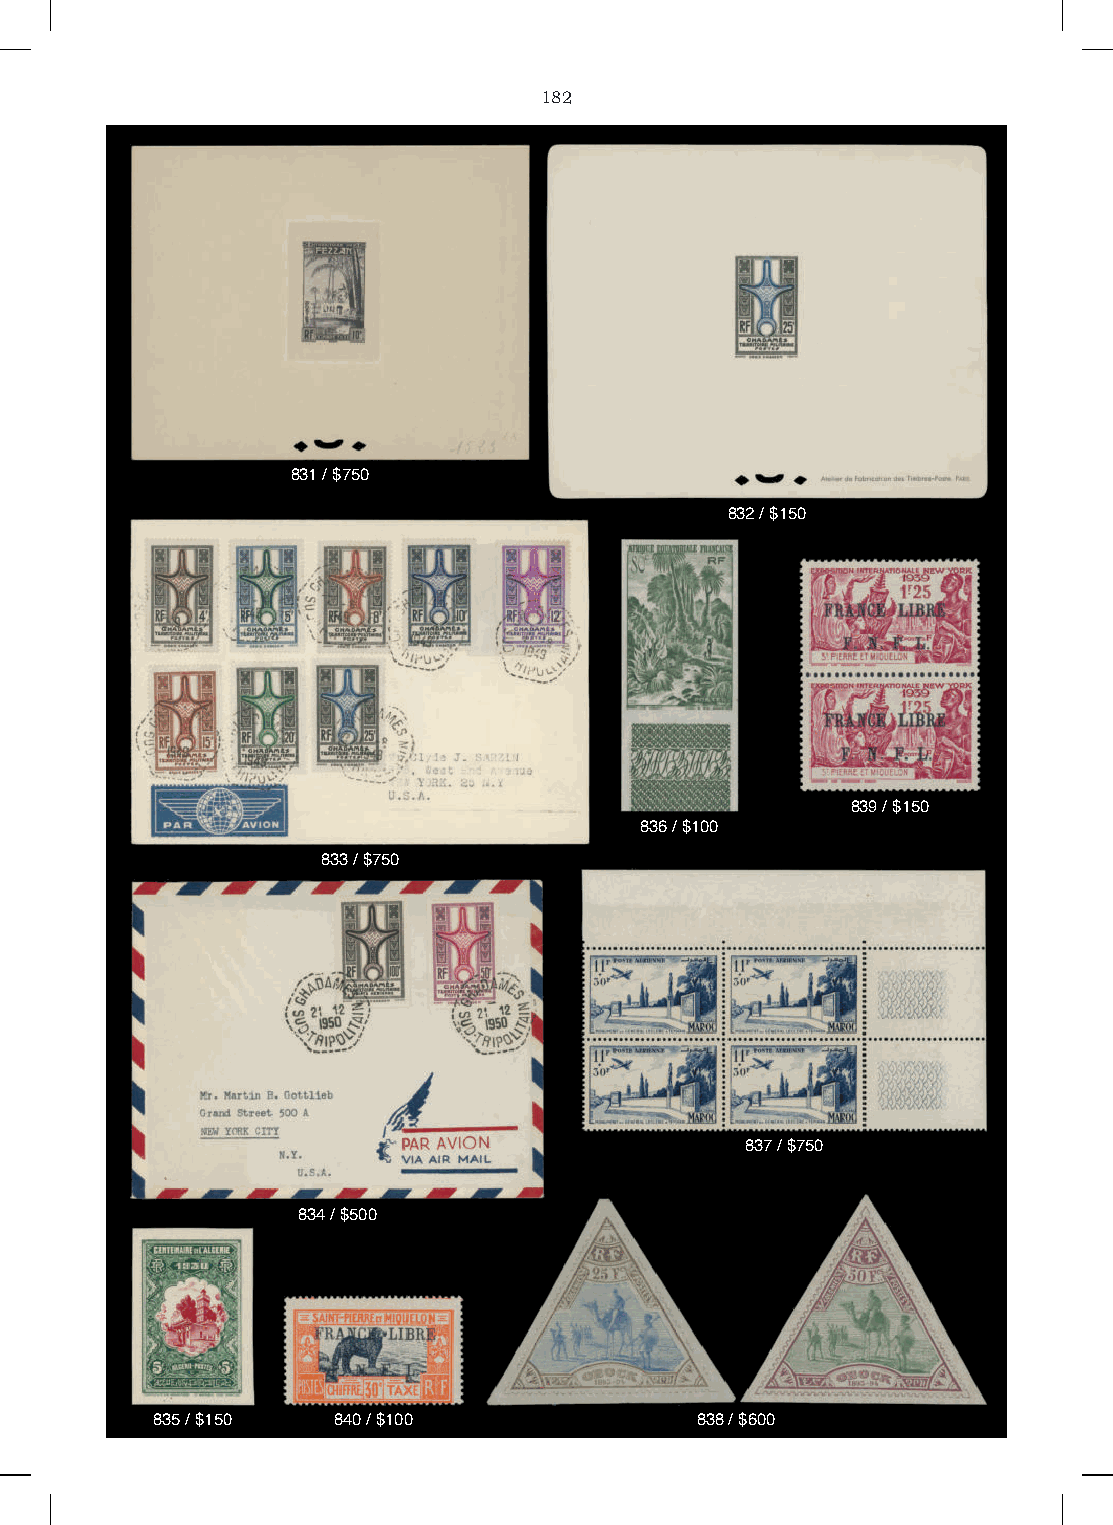
182
 831 / $750
 832 / $150
 839 / $150
 836 / $100
 833 / $750
 837 / $750
 834 / $500
 835 / $150  840 / $100              838 / $600